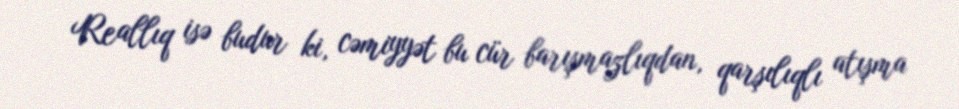
Reallıq isə budur ki, cəmiyyət bu cür barışmazlıqdan, qarşılıqlı atışma